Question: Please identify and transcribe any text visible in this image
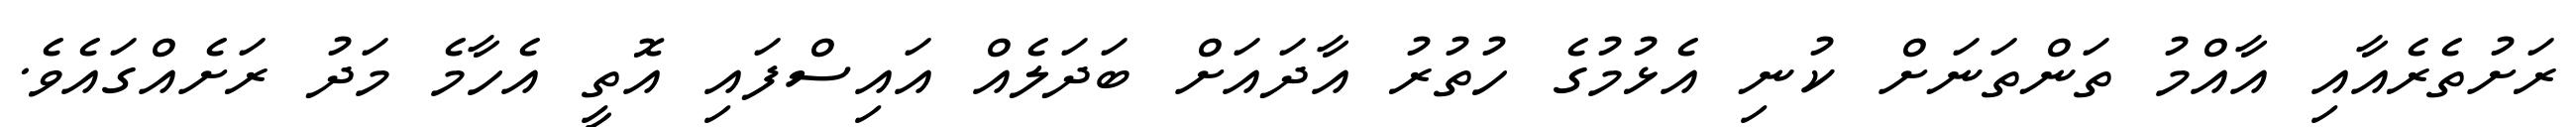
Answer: ރަށުތެރެއާއި އާއްމު ތަންތަނަށް ކުނި އެޅުމުގެ ހުތުރު އާދައަށް ބަދަލެއް އައިސްފައި އޮތީ އެހާމެ މަދު ރަށެއްގައެވެ.